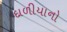
દાળીયાનો